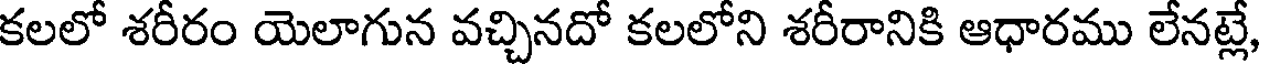
కలలో శరీరం యెలాగున వచ్చినదో కలలోని శరీరానికి ఆధారము లేనట్లే